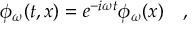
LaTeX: \phi _ { \omega } ( t , x ) = e ^ { - i \omega t } \phi _ { \omega } ( x ) ~ ~ ~ ,